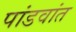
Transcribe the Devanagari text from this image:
पांडवांत